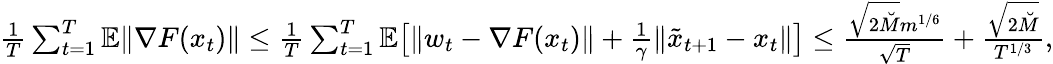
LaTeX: \begin{array}{r}{\frac{1}{T}\sum_{t=1}^{T}\mathbb{E}\| \nabla F(x_{t})\| \leq\frac{1}{T}\sum_{t=1}^{T}\mathbb{E}\big[\| w_{t}-\nabla F(x_{t})\| +\frac{1}{\gamma}\| \tilde{x}_{t+1}-x_{t}\| \big]\leq\frac{\sqrt{2\breve{M}}m^{1/6}}{\sqrt{T}}+\frac{\sqrt{2\breve{M}}}{T^{1/3}},}\end{array}